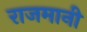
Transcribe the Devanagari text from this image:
राजमानी